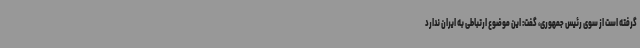
گرفته است از سوی رئیس جمهوری، گفت: این موضوع ارتباطی به ایران ندارد